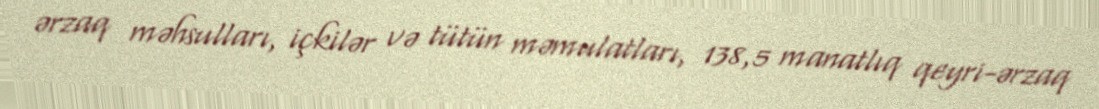
ərzaq məhsulları, içkilər və tütün məmulatları, 138,5 manatlıq qeyri-ərzaq